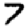
Digit: 7